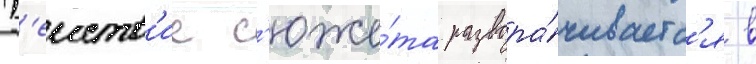
Д'еиств'ие с'юже́та развора́чиваетс'я в